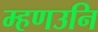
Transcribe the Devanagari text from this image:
म्हणउनि